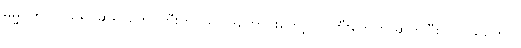
ဓမ္မဂုတ်။ ။ သရိုင်ဆရာတော်ကြီးက ဩဝါဒကောင်းတော့ လူကြီးတွေက ဆက်ပြီး လူငယ်တွေပါ